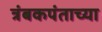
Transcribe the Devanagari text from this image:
त्रंबकपंताच्या